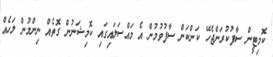
ކޮމިޓީން ސާފުކުރަންޖެހޭ ކަންކަން ސާފުވުމުން އެ މައްސަލައިގައި ކޮމިޝަނުން ގޮތެއް ނިންމުން ލަހެއް